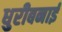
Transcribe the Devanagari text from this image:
धुरीबनाई